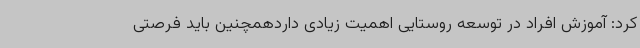
کرد: آموزش افراد در توسعه روستایی اهمیت زیادی داردهمچنین باید فرصتی